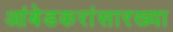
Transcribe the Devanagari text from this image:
आंबेडकरांसारख्या